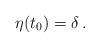
LaTeX: \begin{align*}\eta(t_0) = \delta\,.\end{align*}